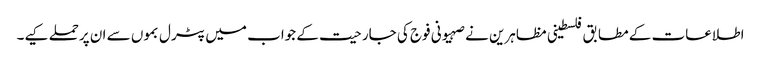
اطلاعات کے مطابق فلسطینی مظاہرین نے صہیونی فوج کی جارحیت کے جواب میں پٹرل بموں سے ان پرحملے کیے۔